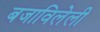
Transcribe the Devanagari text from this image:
बजाविलेली